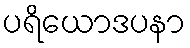
ပရိယောဒပနာ